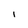
Character: I